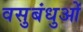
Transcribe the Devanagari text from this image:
वसुबंधुओं